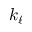
k _ { \ell }